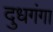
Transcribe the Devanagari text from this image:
दुधगंगा